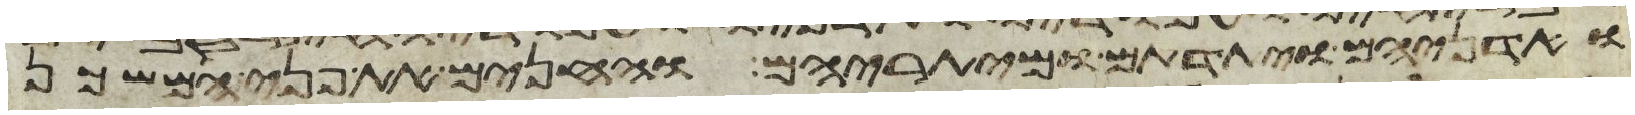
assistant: ואדניהם ויתדתם ומיתריהם והחנים את פני המשכן